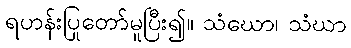
ရဟန်းပြုတော်မူပြီး၍။ သံဃော၊ သံဃာ